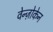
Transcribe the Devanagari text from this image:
वेन्ज़ोकेन